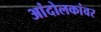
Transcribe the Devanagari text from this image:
आंदोलकांवर